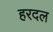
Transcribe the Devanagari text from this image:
हरदल